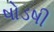
ષોડષી